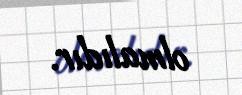
olmalıdır.